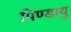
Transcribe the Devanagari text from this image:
पिण्डायु